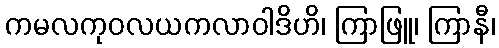
ကမလကုဝလယကလာဝါဒိဟိ၊ ကြာဖြူ၊ ကြာနီ၊